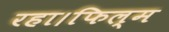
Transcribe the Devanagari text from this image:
रहा।फिल्म